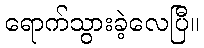
ရောက်သွားခဲ့လေပြီ။